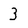
Character: 3